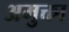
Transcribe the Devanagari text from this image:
अमुक्ता